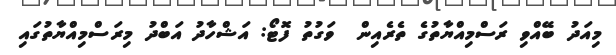
މިއަދު ބޭއްވި ރަސްމިއްޔާތުގެ ތެރެއިން  ވަގުތު ފޮޓޯ: އަޝްހާދު އަބްދު މިރަސްމިއްޔާތުގައި